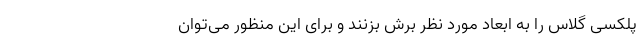
پلکسی گلاس را به ابعاد مورد نظر بُرش بزنند و برای این منظور می‌توان